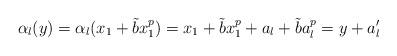
LaTeX: \begin{align*} \alpha_l(y)=\alpha_l(x_1+\tilde{b}x_1 ^p)=x_1+\tilde{b}x_1^p+ a_l+\tilde{b}a_l^p=y+{a}_l'\end{align*}